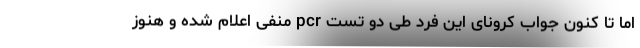
اما تا کنون جواب کرونای این فرد طی دو تست pcr منفی اعلام شده و هنوز